Annual administration report of the Civil Veterinary Department of India - 1896-1897
Year: 1896
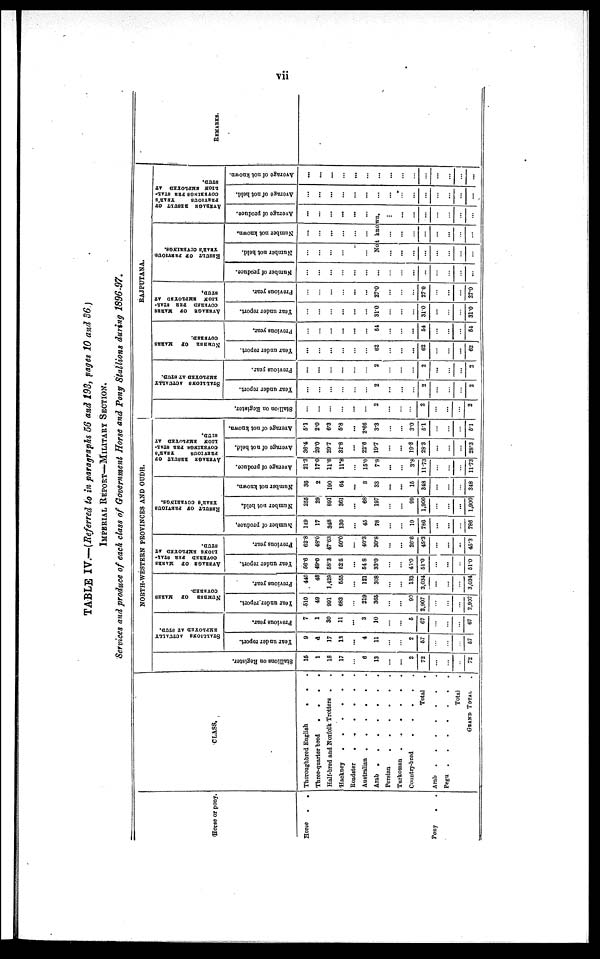
vii
TABLE IV.—(Referred to in paragraphs 56 and 193, pages 10 and 36.)
IMPERIAL REPORT-MILITARY SECTION.
Services and produce of each class of Government Horse and Pony Stallions during 1896-97.
Horse or pony.
Horse
.
.
Pony
.
.
CLASS.
Thoroughbred English . .
.
Three-quarter bred
.
. . .
Half-bred and Norfolk Trotters .
Hackney
.
.
.
.
.
.
Roadster
.
.
.
.
.
.
Australian .
.
.
.
.
Arab
.
.
.
.
.
.
Persian
.
.
.
.
.
.
Turkoman
.
.
.
.
.
.
Country-bred
.
.
.
.
.
Total .
Arab
.
.
.
.
.
.
.
Pegu
.
.
.
.
.
.
.
Total .
GRAND TOTAL .
NORTH-WESTERN PROVINCES AND OUDH.
Stallions on Regi s t
er .
15
1
18
17
...
6
13
...
...
2
72
...
...
...
72
STALLIONS ACTUALLY
EMPLOYED
AT STUD.
Year under report.
9
a
17
13
...
4
11
...
...
2
57
...
...
...
57
Previous year.
7
1
30
11
...
3
10
...
...
5
67
...
...
...
67
NUMBER
OF
MARKS
COVERED.
Year
under report.
510
49
991
683
...
219
365
...
...
90
2,907
...
...
...
2,907
Previous year.
440
48
1,429
555
...
121
308
...
...
133
3,034
...
...
...
3,034
AVERAGE
OF
MARKS
COVERED PER STAL-
LIONS
EMPLOYED AT
STUD.
Year under report.
56.6
49.0
58.3
52.5
...
54.8
33.0
...
...
45.0
51.0
...
...
...
51.0
Previous year.
62.8
48.0
47.63
50.0
...
40.3
30.8
...
...
26.6
45.3
...
...
...
45.3
RESULT OF PREVIOUS
YEAR'S COVERINGS.
Number
of produce,
149
17
348
130
...
45
78
...
...
19
786
...
...
...
786
Number not held.
255
29
891
361
...
68
197
...
...
99
1,900
...
...
...
1,900
Number not known,
36
2
190
64
...
8
33
...
...
15
348
...
...
...
348
AVERAGE RESULT OF
PREVIOUS YEAR'S
COVERINGS PER STAL-
LION EMPLOYED AT
STUD.
Average of produce.
21.3
17.0
11.6
11.8
...
15.0
7.8
...
...
3.8
11.73
...
...
...
11.73
Average of not held.
36.4
29.0
29.7
32.8
...
22.6
19.7
...
...
19.8
28.3
...
...
...
28.3
Average of not known.
5.1
2.0
6.3
5.8
...
2.66
3.3
...
...
3.0
5.1
...
...
...
5.1
RAJPUTANA.
Stallion on Register.
...
...
...
...
...
...
2
...
...
...
2
...
...
...
2
STALLIONS ACTUALLY
EMPLOYED AT STUD.
Year under report.
...
...
...
...
...
...
2
...
...
...
2
...
...
...
2
Previous year.
...
...
...
...
...
...
2
...
...
...
2
...
...
...
2
NUMBER
OF
MARKS
COVERED.
Year under report.
...
...
...
...
...
...
62
...
...
...
62
...
...
...
62
Previous year.
...
...
...
...
...
...
54
...
...
...
54
...
...
...
54
AVERAGE
OF MARKS
COVERED
PER
STAL-
LION
EMPLOYED
AT
STUD,
Year under report.
...
...
...
...
...
...
31.0
...
...
...
31.0
...
...
...
31.0
Previous year.
...
...
...
...
...
...
27.0
...
...
...
27.0
...
...
...
27.0
RESULT OF PREVIOUS
YEAR'S COVERINGS.
Number of produce.
...
...
...
...
...
...
...
...
...
...
...
...
...
...
...
Number not held.
...
...
...
...
...
...
Number not known.
...
...
...
...
...
...
PREVIOUS
YEAR'S
COVERINGS PER STAL-
LION EMPLOYED AT
STUD.
Average of produce.
...
...
...
...
...
...
Not known.
...
...
...
...
...
...
...
...
...
...
...
...
...
...
...
...
...
...
...
...
...
...
...
...
Average of not held.
...
...
...
...
...
...
...
...
...
...
...
...
...
...
...
Average of not known.
...
...
...
...
...
...
...
...
...
...
...
...
...
...
...
REMARKS.